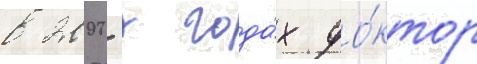
в 2000-х года́х до́ктор